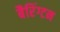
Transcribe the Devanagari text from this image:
बैरिंग्टन